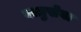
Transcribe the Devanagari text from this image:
वाय़ुसेवा